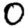
Digit: 0